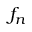
f _ { n }